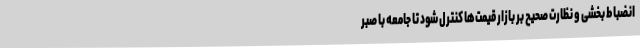
انضباط بخشی و نظارت صحیح بر بازار قیمت‌ها کنترل شود تا جامعه با صبر